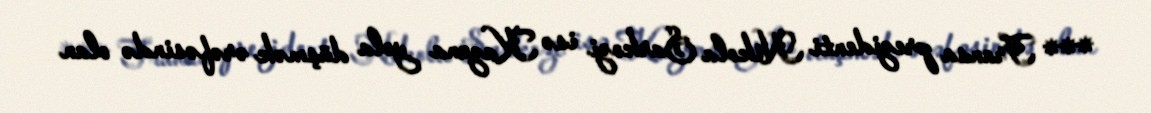
*** Fransa prezidenti Nikola Sarkozi isə Kazana yola düşmək ərəfəsində olan